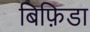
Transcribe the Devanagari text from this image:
बिफ़िडा